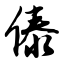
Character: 傣